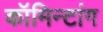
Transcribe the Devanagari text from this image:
कॉमिन्टांग